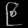
Digit: ၉